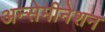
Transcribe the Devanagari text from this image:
अन्सेमीनेशन